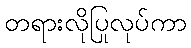
တရားလိုပြုလုပ်ကာ